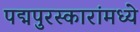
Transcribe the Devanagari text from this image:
पद्मपुरस्कारांमध्ये